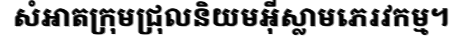
សំអាតក្រុមជ្រុលនិយមអ៊ីស្លាមភេរវកម្ម។